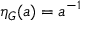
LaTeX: \eta _ { G } ( a ) = a ^ { - 1 }